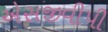
એસજીવીપી